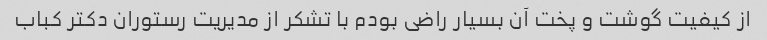
از کیفیت گوشت و پخت آن بسیار راضی بودم با تشکر از مدیریت رستوران دکتر کباب